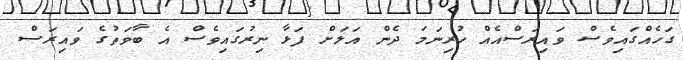
ގަހެއްގައިވެސް ވައިރަސްއެއް ހުރިނަމަ ދެން އަލަށް ފަޅާ ނިރުގައިވެސް އެ ބާވަތުގެ ވައިރަސް